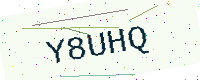
Text: Y8UHQ